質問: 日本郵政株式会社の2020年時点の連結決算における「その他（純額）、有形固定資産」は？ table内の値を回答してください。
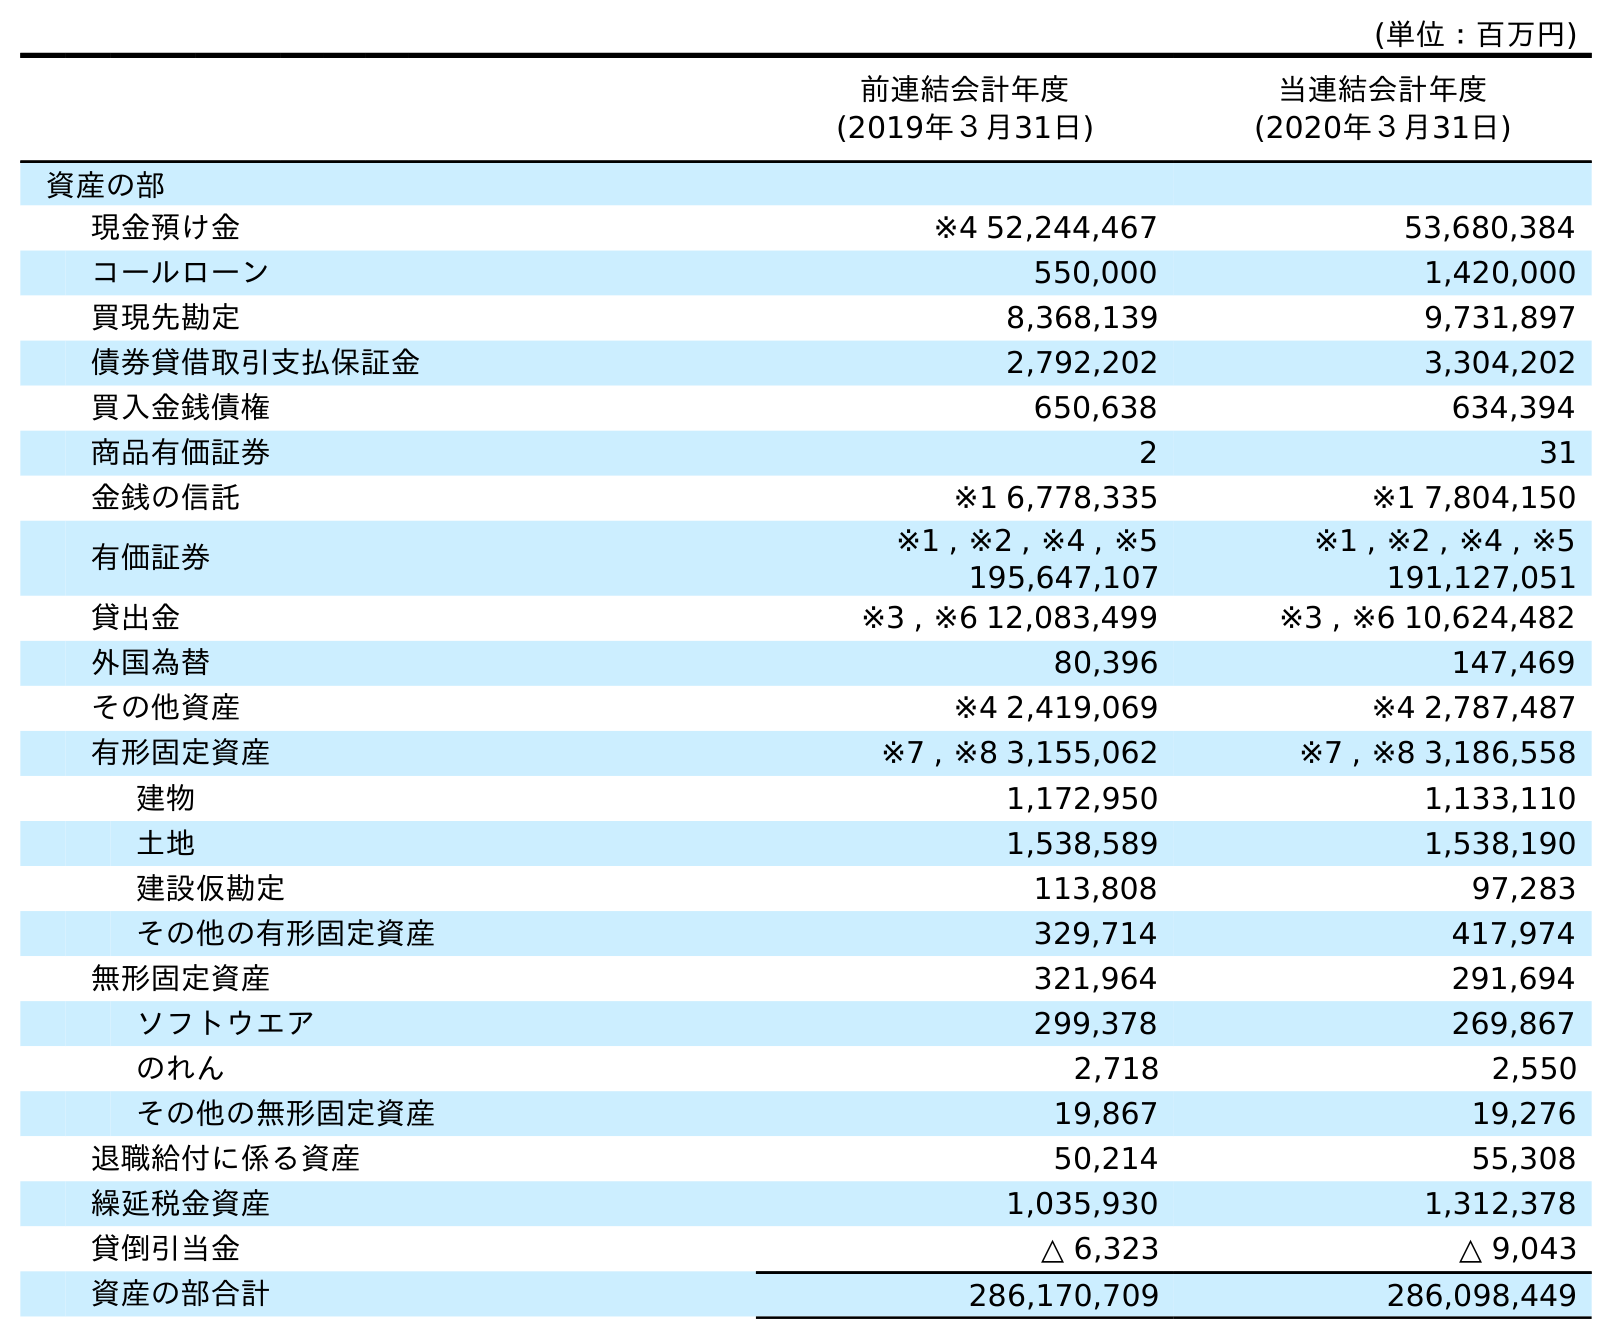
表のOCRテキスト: (単位：百万円) 前連結会計年度 (2019年３月31日) 当連結会計年度 (2020年３月31日) 資産の部 現金預け金 ※4 52,244,467 53,680,384 コールローン 550,000 1,420,000 買現先勘定 8,368,139 9,731,897 債券貸借取引支払保証金 2,792,202 3,304,202 買入金銭債権 650,638 634,394 商品有価証券 2 31 金銭の信託 ※1 6,778,335 ※1 7,804,150 有価証券 ※1 , ※2 , ※4 , ※5 195,647,107 ※1 , ※2 , ※4 , ※5 191,127,051 貸出金 ※3 , ※6 12,083,499 ※3 , ※6 10,624,482 外国為替 80,396 147,469 その他資産 ※4 2,419,069 ※4 2,787,487 有形固定資産 ※7 , ※8 3,155,062 ※7 , ※8 3,186,558 建物 1,172,950 1,133,110 土地 1,538,589 1,538,190 建設仮勘定 113,808 97,283 その他の有形固定資産 329,714 417,974 無形固定資産 321,964 291,694 ソフトウエア 299,378 269,867 のれん 2,718 2,550 その他の無形固定資産 19,867 19,276 退職給付に係る資産 50,214 55,308 繰延税金資産 1,035,930 1,312,378 貸倒引当金 △ 6,323 △ 9,043 資産の部合計 286,170,709 286,098,449
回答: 417,974